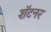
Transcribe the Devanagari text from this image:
शॅटनर